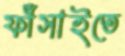
ফাঁসাইতে